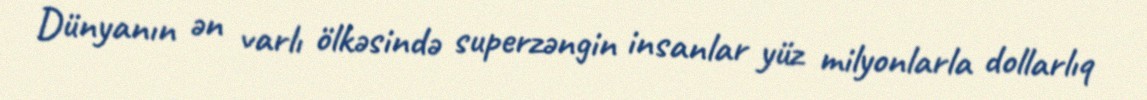
Dünyanın ən varlı ölkəsində superzəngin insanlar yüz milyonlarla dollarlıq